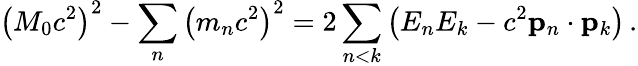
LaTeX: \left(M_{0}c^{2}\right)^{2}-\sum_{n}\left(m_{n}c^{2}\right)^{2}=2\sum_{n<k}\left(E_{n}E_{k}-c^{2}\mathbf{p}_{n}\cdot\mathbf{p}_{k}\right)\, .